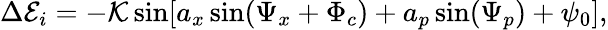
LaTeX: \begin{array}{r}{\Delta{\cal E}_{i}=-{\cal K}\sin[a_{x}\sin(\Psi_{x}+\Phi_{c})+a_{p}\sin(\Psi_{p})+\psi_{0}],}\end{array}